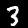
Label: 3